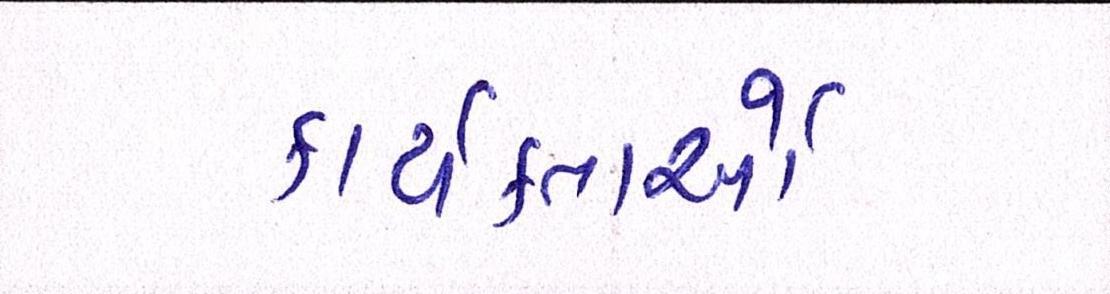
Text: કાર્યકતાર્આે